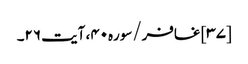
[۳۷] غافر/سوره۴۰، آیت ۲۶۔